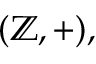
( \mathbb { Z } , + ) ,